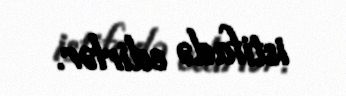
istifadə edirlər.